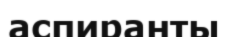
аспиранты